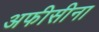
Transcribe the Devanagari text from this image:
अफीसीना